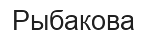
Рыбакова